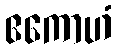
ဧကောဟံ